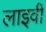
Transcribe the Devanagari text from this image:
लाइवी